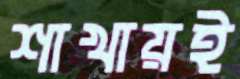
শাখায়ই